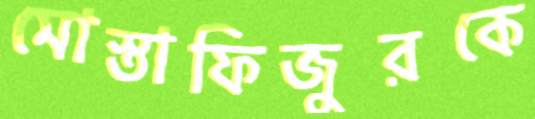
মোস্তাফিজুরকে